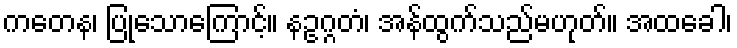
ကတေန၊ ပြုသောကြောင့်။ နဥဂ္ဂတံ၊ အန်ထွက်သည်မဟုတ်။ အထခေါ၊